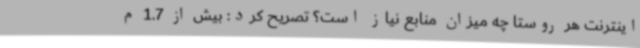
اینترنت هر روستا چه میزان منابع نیاز است؟ تصریح کرد: بیش از 1.7 م